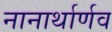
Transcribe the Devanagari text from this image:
नानार्थार्णव